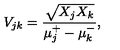
V _ { j k } = \frac { \sqrt { X _ { j } X _ { k } } } { \mu _ { j } \sp { + } - \mu _ { k } \sp { - } } ,